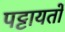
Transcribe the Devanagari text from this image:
पट्टायतों